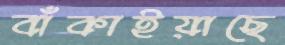
বাঁকাইয়াছে